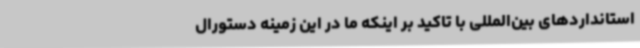
استانداردهای بین‌المللی با تاکید بر اینکه ما در این زمینه دستورال